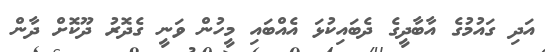
އަދި ގައުމުގެ އާބާދީގެ ދެބައިކުޅަ އެއްބައި މީހުން ވަނީ ގެދޮރު ދޫކޮށް ދާން